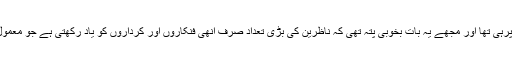
میرا فوکس تو اپنی اداکاری پرہی تھا اور مجھے یہ بات بخوبی پتہ تھی کہ ناظرین کی بڑی تعداد صرف انھی فنکاروں اور کرداروں کو یاد رکھتی ہے جو معمول سے ہٹ کر نظر آتے ہوں۔